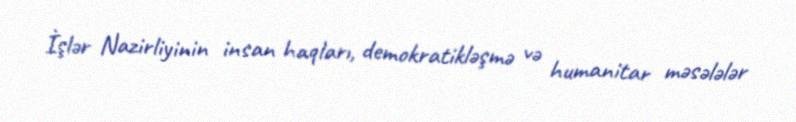
İşlər Nazirliyinin insan haqları, demokratikləşmə və humanitar məsələlər